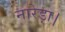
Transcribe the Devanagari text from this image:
नारेड़ा।